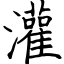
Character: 灌